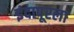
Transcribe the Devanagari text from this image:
इंदापूरला